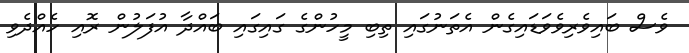
ވެސް ބައިވެރިވެވަޑައިގެން އެތަނުގައި ތިބި މީހުންގެ ގައިގައި ބައްދާ އުފަލުން ރޮއި ހެއްދެވި